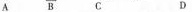
A B C D